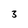
Character: 3